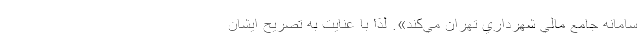
سامانه جامع مالي شهرداري تهران مي‌كند». لذا با عنايت به تصريح ايشان